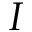
\boldsymbol { I }